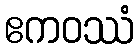
ဧကဝဿံ